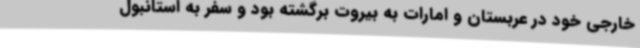
خارجی خود در عربستان و امارات به بیروت برگشته بود و سفر به استانبول